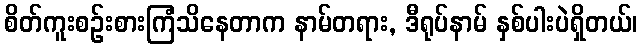
စိတ်ကူးစဉ်းစားကြံသိနေတာက နာမ်တရား, ဒီရုပ်နာမ် နှစ်ပါးပဲရှိတယ်၊